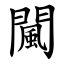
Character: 闏